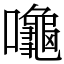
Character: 𪚩